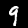
Label: 9